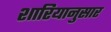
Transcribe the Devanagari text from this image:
शारियानुसार